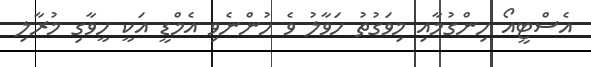
އެސްޓީއޯ ހިންގުމާއި މިވަގުތު ހަވާލު ވެ ހުންނެވި އެމްޑީ އަކީ ހީވާގި މުރާލި